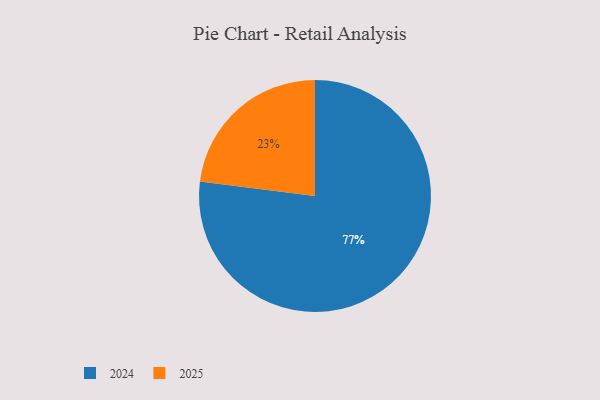
{"axis": {"x": "Category", "y": "Percentage"}, "legend": ["2024", "2025"], "data": [{"x": "2025", "y": 23, "type": "2025"}, {"x": "2024", "y": 77, "type": "2024"}]}